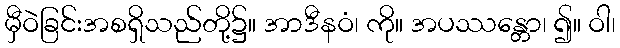
မှီဝဲခြင်းအစရှိသည်တို့၌။ အာဒီနဝံ၊ ကို။ အပဿန္တော၊ ၍။ ဝါ၊